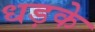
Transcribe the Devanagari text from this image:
धड़के